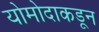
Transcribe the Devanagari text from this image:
योमोदाकडून